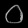
Digit: ၀